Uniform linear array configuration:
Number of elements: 8
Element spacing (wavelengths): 0.25
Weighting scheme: kaiser
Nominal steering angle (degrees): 30
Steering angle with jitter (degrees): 30.345
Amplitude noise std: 0.05
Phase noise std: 0.05

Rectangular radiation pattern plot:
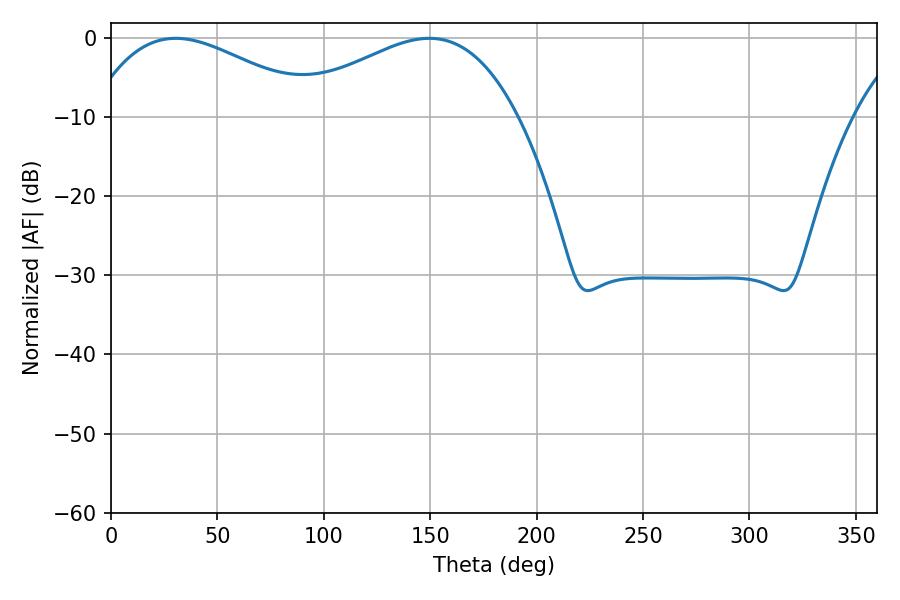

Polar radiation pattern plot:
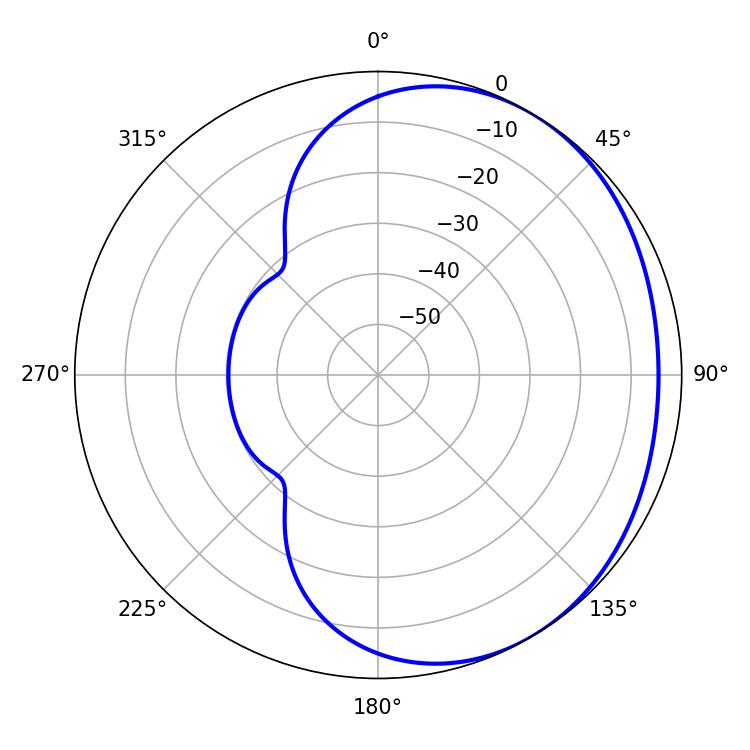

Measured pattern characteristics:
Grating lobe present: FALSE
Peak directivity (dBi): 2.138
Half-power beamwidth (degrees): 58.86
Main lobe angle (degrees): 30.42